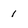
Character: 1